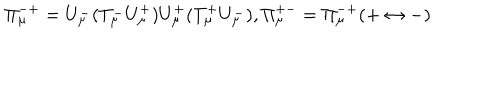
\Pi _ { \mu } ^ { - + } = U _ { \mu } ^ { - } ( T _ { \mu } ^ { - } U _ { \mu } ^ { + } ) U _ { \mu } ^ { + } ( T _ { \mu } ^ { + } U _ { \mu } ^ { - } ) , \Pi _ { \mu } ^ { + - } = \Pi _ { \mu } ^ { - + } ( + \leftrightarrow - )